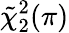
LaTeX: \tilde{\chi}_{2}^{2}(\pi)